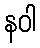
နဝါ